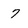
Character: 7